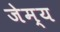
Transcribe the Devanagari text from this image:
जेम्य